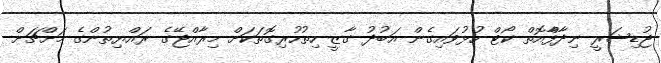
ޖުޑިޝަރީ ނިދާފާްއޮތް ކޯޓް ހުޅުވައިގެން އަބުދު ގާޒީ ހިތުހުރިގޮތަކަށް މިރާއްޖޭގެ ރައްޔިތުންގެ މަށްޗަށް